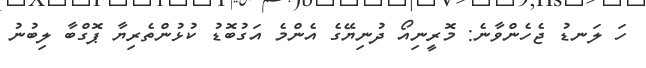
ހަ ލަނޑު ޖެހެންވާނެ: މޮރީނިއޯ ދުނިޔޭގެ އެންމެ އަގުބޮޑު ކުޅުންތެރިޔާ ޕޮގްބާ ލިބުނު